Report of the Municipal Commissioner on the plague in Bombay for the year ending 31st May... - Volume 2
Disease focus: Plague
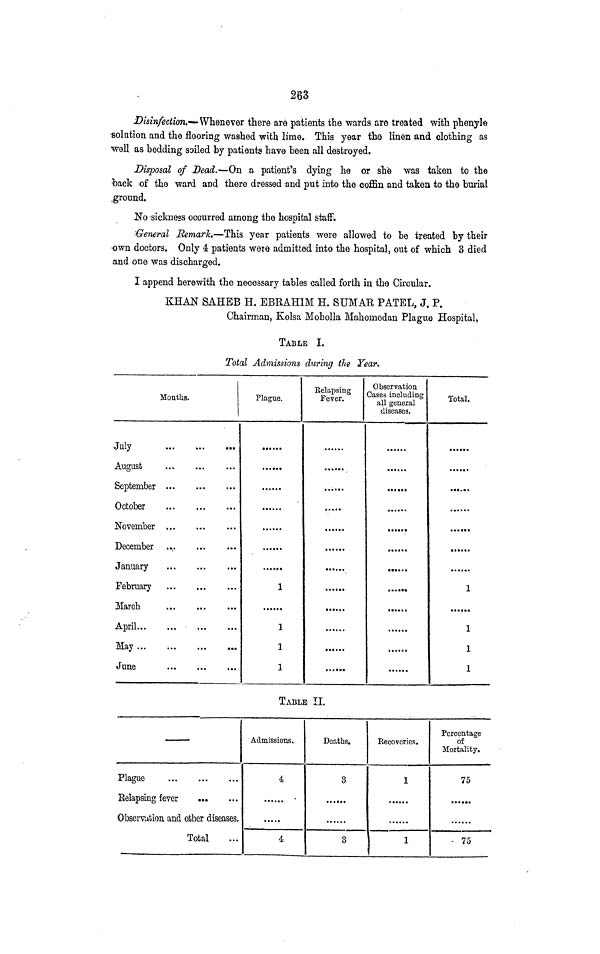
263
Disinfection.—Whenever there are patients the wards are treated with phenyle
•solution and the flooring washed with lime. This year the linen and clothing as
well as bedding soiled by patients have heen all destroyed.
Disposal of Dead.—On a patient's dying he or she was taken to the
tack of the ward and there dressed and put into the coffin and taken to the burial
.ground.
No 'sickness occurred among the hospital staff.
General EemarL—This year patients were allowed to be treated by their
own doctors. Only 4 patients were admitted into the hospital, out of which 3 died
and one was discharged.
I append herewith the necessary tables called forth in the Circular.
KHAN SAHBB H. EBRAH1M H. SUMAR PATEL, J, P,
Chairman, Kolsa Moholla Mahomedan Plague Hospital,
TABLE I.
Total Admissions during the Year*
Months.
i
July
t
August
September
October
November
December .Ĵ
anuary
February
March
April
May
June
Plague.
•* • ••«
1
1
1
1
Relapsing
Fever.
• • • • •
•••**•
•••««*
......
Observation
Cases including
all general
diseases.
•
«•••••
•*» •••
•••»«.
«.«>••
......
......
Total.
**•„*•
......
1
1
1
1
TABLE II.
Plague
Relapsing fever
Observation and other diseases.
Total
Admissions.
4
•
4
Deaths.
3
......
3
Recoveries.
1
......
1
Percentage
of
Mortality.
75
- 75